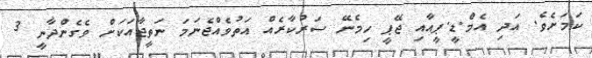
ކަމަށެވެ. އަދި އެމް.ޑީ.ޕީއާއި ޖޭޕީ ހިމެނޭ ސަރުކާރެއް އަތުވެއްޖެނަމަ ނަތީޖާއަކަށް ވެގެންދާނީ 3